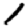
Digit: 1